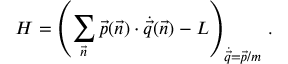
H = \left( \sum _ { \vec { n } } \vec { p } ( \vec { n } ) \cdot \dot { \vec { q } } ( \vec { n } ) - L \right) _ { \dot { \vec { q } } = \vec { p } / m } \, .